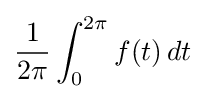
{\frac {1}{2\pi }}\int _{0}^{2\pi }f(t)\,dt